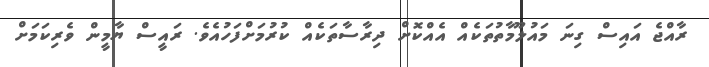
ރާއްޖެ އައިސް ގިނަ މައުލޫމާތުތަކެއް އެއްކޮށް ދިރާސާތަކެއް ކުރުމަށްފަހުއެވެ. ރައީސް ޔާމީން ވެރިކަމަށް